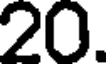
20.